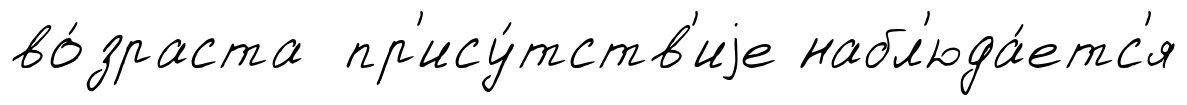
во́зраста пр'ису́тств'иjе набл'юда́етс'я